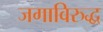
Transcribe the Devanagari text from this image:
जगाविरुद्ध